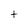
Character: t